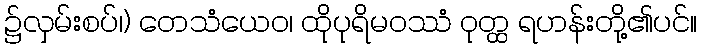
၌လှမ်းစပ်၊) တေသံယေဝ၊ ထိုပုရိမဝဿံ ဝုတ္ထ ရဟန်းတို့၏ပင်။